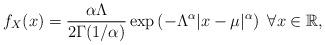
LaTeX: \begin{align*}f_X(x)=\frac{\alpha\Lambda}{2\Gamma(1/\alpha)}\exp\left(-\Lambda^{\alpha}|x-\mu|^{\alpha}\right)~\forall x\in\mathbb{R},\end{align*}